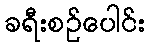
ခရီးစဉ်ပေါင်း